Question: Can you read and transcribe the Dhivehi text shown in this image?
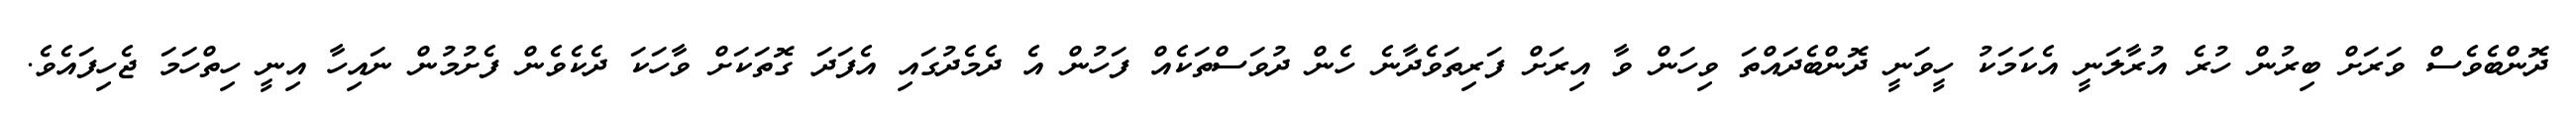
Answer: ދޮންބެވެސް ވަރަށް ބިރުން ހުރެ އުރާލަނީ އެކަމަކު ހީވަނީ ދޮންބެދައްތަ ވިހަން ވާ އިރަށް ފަރިތަވެދާނެ ހެން ދުވަސްތަކެއް ފަހުން އެ ދެމެދުގައި އެފަދަ ގޮތަކަށް ވާހަކަ ދެކެވެން ފެށުމުން ނައިހާ އިނީ ހިތްހަމަ ޖެހިފައެވެ.